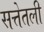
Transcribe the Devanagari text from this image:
सत्तेतली